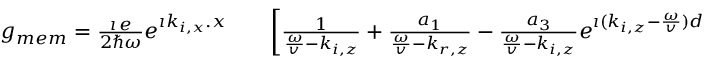
\begin{array} { r l r } { g _ { m e m } = \frac { \imath \, e } { 2 \hbar \omega } e ^ { \imath k _ { i , x } . x } } & { { } } & { \left[ \frac { 1 } { \frac { \omega } { v } - k _ { i , z } } + \frac { a _ { 1 } } { \frac { \omega } { v } - k _ { r , z } } - \frac { a _ { 3 } } { \frac { \omega } { v } - k _ { i , z } } e ^ { \imath ( k _ { i , z } - \frac { \omega } { v } ) d } \right. } \end{array}